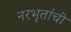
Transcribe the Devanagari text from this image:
नरभृतांची